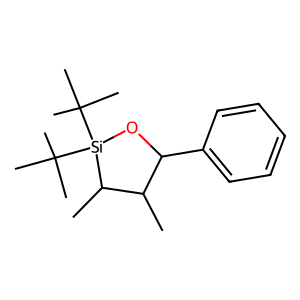
SMILES: CC1C(c2ccccc2)O[Si](C(C)(C)C)(C(C)(C)C)C1C
Inhibits HIV replication: No